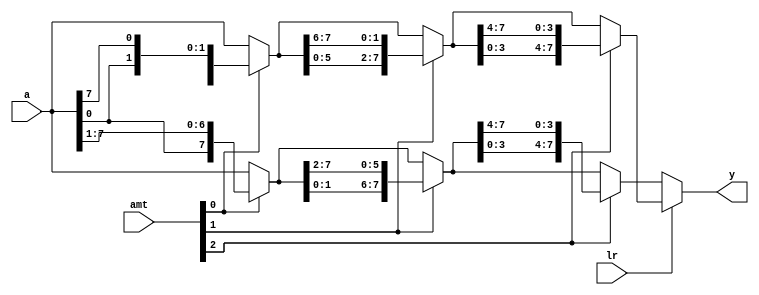
//Experiment 3.11.1.1
//Chapter 3
//Page 80
//Copyright 2008

module barrel_shift_lr_combo
    #(
      parameter N = 8       // 8 bits wide
     )
    (
     input [N-1:0] a,
     input [2:0] amt,
     input lr,              // 1 for rotate left, 0 for rotate right
     output [N-1:0] y 
    );
    
    wire [N-1:0] sr0, sr1, sr2;
    wire [N-1:0] sl0, sl1, sl2;
    
    // body
    // stage 0, shift 1 or 0 bits
    assign sl0 = (amt[0]) ? {a[N-2:0],  a[N-1]}     : a;
    assign sr0 = (amt[0]) ? {a[0],      a[N-1:1]}   : a;
    
    // stage 1, shift 2 or 0 bits
    assign sl1 = (amt[1]) ? {sl0[N-3:0], sl0[N-1:N-2]} : sl0;
    assign sr1 = (amt[1]) ? {sr0[1:0],   sr0[N-1:2]}   : sr0;
    
    // stage 2, shift 4 or 0 bits
    assign sl2 = (amt[2]) ? {sl1[N-5:0], sl1[N-1:N-4]} : sl1;
    assign sr2 = (amt[2]) ? {sr1[3:0],   sr1[N-1:4]}   : sr1;
    
    // stage 3, select output
    assign y = (lr) ? sl2 : sr2;
    
endmodule       // barrel_shift_lr_combo